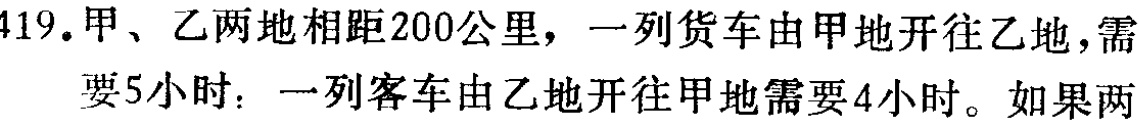
419.甲、乙两地相距200公里，一列货车由甲地开往乙地，需

要5小时：一列客车由乙地开往甲地需要4小时。如果两